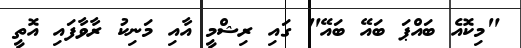
"މިކޮއެ ބައްޕަ ބައޭ ބައޭ" ގައި ރިޝްމީ އާއި މަނިކު ރާވާފައި އޮތީ